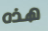
هذه